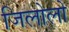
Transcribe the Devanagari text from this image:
जिलोलो